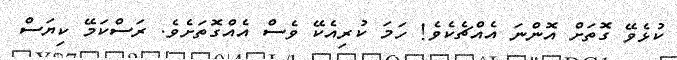
ކުޅެވޭ ގޮތަށް އޮންނަ އެއްޗެކެވެ! ހަމަ ކުރިއެކޭ ވެސް އެއްގޮތަށެވެ. ރަސްކަމޭ ކިޔަސް